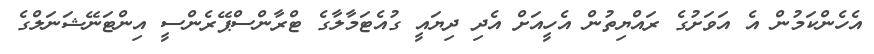
އެހެންކަމުން އެ އަވަށުގެ ރައްޔިތުން އެހީއަށް އެދި ދިޔައީ ގުއެޓަމާލާގެ ޓްރާންސްޕޭރެންސީ އިންޓަނޭޝަނަލްގެ